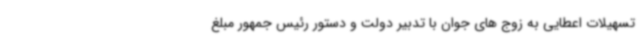
تسهیلات اعطایی به زوج های جوان با تدبیر دولت و دستور رئیس جمهور مبلغ